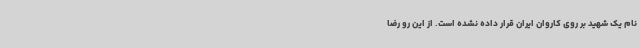
نام یک شهید بر روی کاروان ایران قرار داده نشده است. از این رو رضا